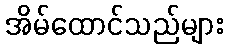
အိမ်ထောင်သည်များ